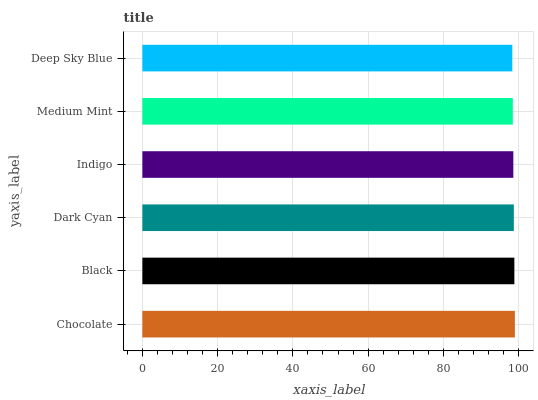
| yaxis_label | bars |
 | --- | --- |
 | Chocolate | 99 |
 | Black | 98.9 |
 | Dark Cyan | 98.7 |
 | Indigo | 98.6 |
 | Medium Mint | 98.5 |
 | Deep Sky Blue | 98.3 |